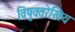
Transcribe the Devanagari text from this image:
विषुवतरेखिय